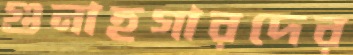
গুনাহগারদের